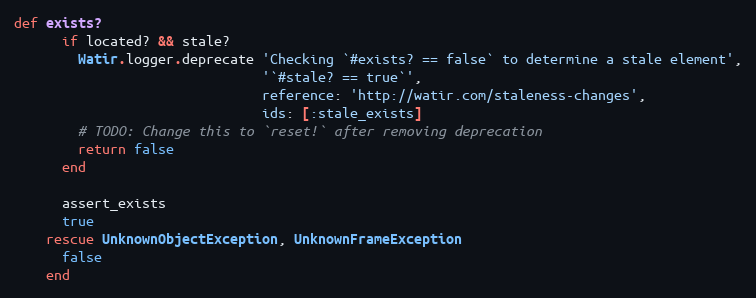
Language: Ruby
def exists?
      if located? && stale?
        Watir.logger.deprecate 'Checking `#exists? == false` to determine a stale element',
                               '`#stale? == true`',
                               reference: 'http://watir.com/staleness-changes',
                               ids: [:stale_exists]
        # TODO: Change this to `reset!` after removing deprecation
        return false
      end

      assert_exists
      true
    rescue UnknownObjectException, UnknownFrameException
      false
    end